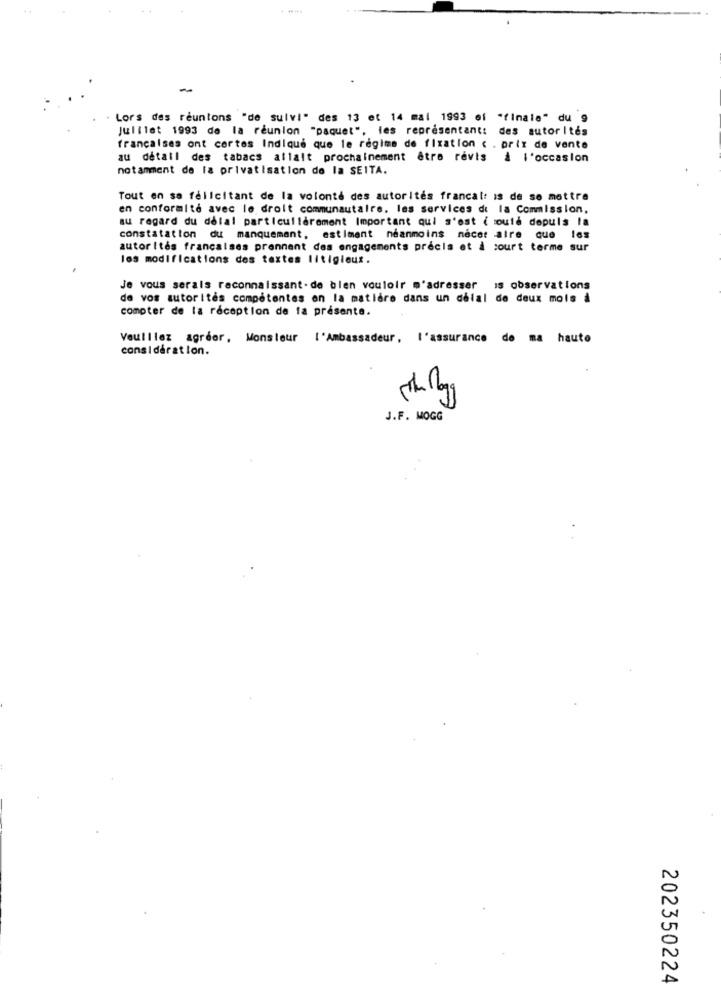
-
Lors des réunions "de suivi" des 13 et 14 mal 1993 of "finale" du 9
Juillet 1993 de la réunion "paquet", les représentant: des autorités
francaises ont cortes Indique que le régime de fixation c . prix de vente
au détail des tabacs allait prochainement être revis à l'occasion
notamment de la privatisation de la SEITA.
Tout en sa fellcitant de la volonté des autorités francal: is de so mettre
en conformité avec le droit communautaire. les services di la Commission,
au regard du delal particulièrement Important qui s'est ( moulé depuis la
constatation du manquemant, estiment néanmoins nécet aire que les
autorités francaises prennent des engagements precis et à court terme sur
les modifications des textes litigieux.
Je vous serais reconnaissant-de bien vouloir m'adresser is observations
de vos autorités compétentes en la matière dans un delal de deux mois à
compter de la réception de la présente.
Veuillez agréer, Monsieur l'Ambassadeur, l'assurance de ma haute
considération.
J.F. MOGG
202350224